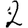
Digit: 2